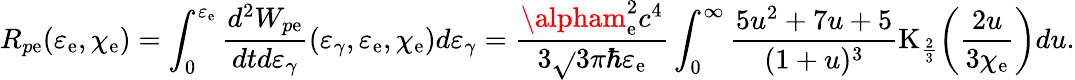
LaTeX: R_{p\mathrm{e}}(\varepsilon_{\mathrm{e}},\chi_{\mathrm{e}})=\int_{0}^{\varepsilon_{\mathrm{e}}}{\frac{{d^{2}W_{p\mathrm{e}}}}{{dtd\varepsilon_{\gamma}}}(\varepsilon_{\gamma},\varepsilon_{\mathrm{e}},\chi_{\mathrm{e}})d\varepsilon_{\gamma}}=\frac{{\alpham_{\mathrm{e}}^{2}c^{4}}}{{3\sqrt{}{{3}}\pi\hbar\varepsilon_{\mathrm{e}}}}\int_{0}^{\infty}{\frac{{5u^{2}+7u+5}}{{(1+u)^{3}}}\mathrm{{K}}_{\frac{{2}}{{3}}}\biggl(\frac{{2u}}{{3\chi_{\mathrm{e}}}}\biggr)du}.